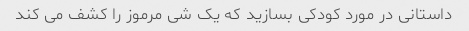
داستانی در مورد کودکی بسازید که یک شی مرموز را کشف می کند